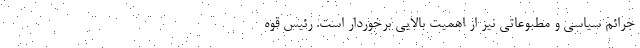
جرائم سیاسی و مطبوعاتی نیز از اهمیت بالایی برخوردار است. رئیس قوه